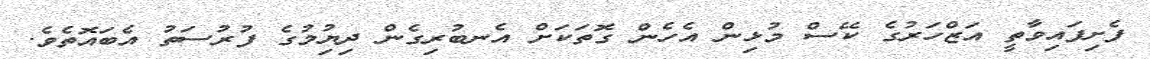
ފެށިފައިވާތީ އަޒްހަރުގެ ކޭސް މުޅިން އެހެން ގޮތަކަށް އެނބުރިގެން ދިޔުިމުގެ ފުރުސަތު އެބައޮތެވެ.